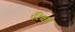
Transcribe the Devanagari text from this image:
पैरेबल